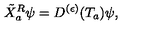
{ \tilde { X } ^ { R } } _ { a } \psi = D ^ { ( \epsilon ) } ( T _ { a } ) \psi ,